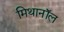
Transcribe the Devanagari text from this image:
मिथानॉल